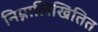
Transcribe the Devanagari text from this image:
निम्नालिखितित